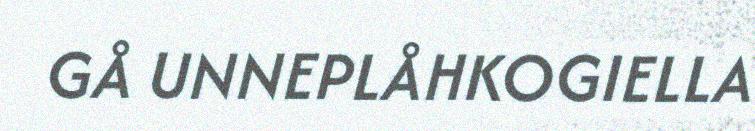
GÅ UNNEPLÅHKOGIELLA